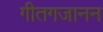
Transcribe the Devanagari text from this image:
गीतगजानन